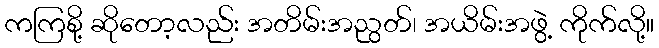
ကကြစို့ ဆိုတော့လည်း အတိမ်းအညွတ်၊ အယိမ်းအဖွဲ့ ကိုက်လို့။